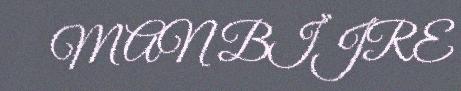
MAN BÏJRE